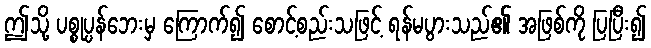
ဤသို့ ပစ္စုပ္ပန်ဘေးမှ ကြောက်၍ စောင့်စည်းသဖြင့် ရန်မပွားသည်၏ အဖြစ်ကို ပြပြီး၍